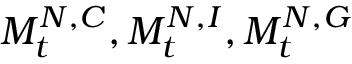
M _ { t } ^ { N , C } , M _ { t } ^ { N , I } , M _ { t } ^ { N , G }